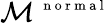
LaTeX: \mathcal M^{\mathrm{~\scriptsize~n~o~r~m~a~l~}}